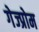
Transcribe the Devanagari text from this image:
गेज्प्रोम